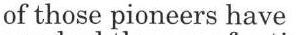
of those pioneers have